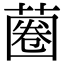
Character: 蔨